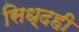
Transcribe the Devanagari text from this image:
सिध्दही